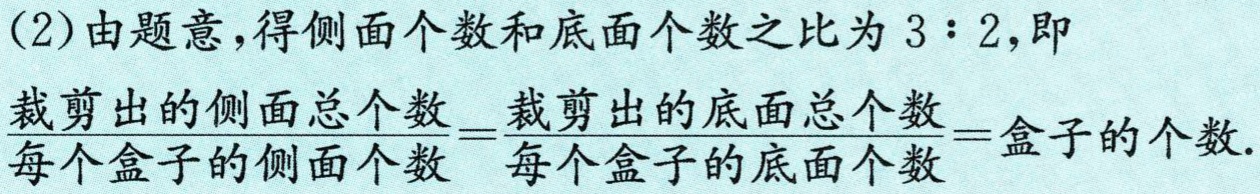
(2)由题意,得侧面个数和底面个数之比为 \(3:2\),即
\(\frac{裁剪出的侧面总个数}{每个盒子的侧面个数}=\frac{裁剪出的底面总个数}{每个盒子的底面个数}=盒子的个数\).